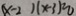
( x - 2 ) ( x - 3 ) = 0